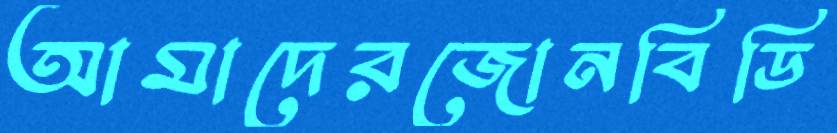
আমাদেরজোনবিডি